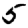
Digit: 5